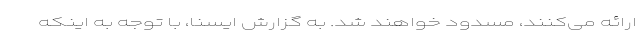
ارائه می‌کنند،‌ مسدود خواهند شد. به گزارش ایسنا، با توجه به اینکه